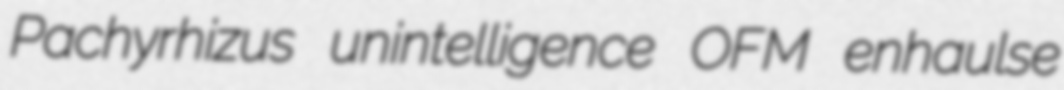
Pachyrhizus unintelligence OFM enhaulse